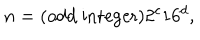
n = ( \mathrm { o d d ~ i n t e g e r } ) 2 ^ { c } 1 6 ^ { d } ,